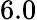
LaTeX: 6.0